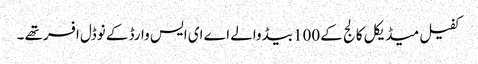
کفیل میڈیکل کالج کے 100بیڈ والے اے ای ایس وارڈ کے نوڈل افسرتھے ۔